Jaan_Tonisson_(Lasteleht), lk 324
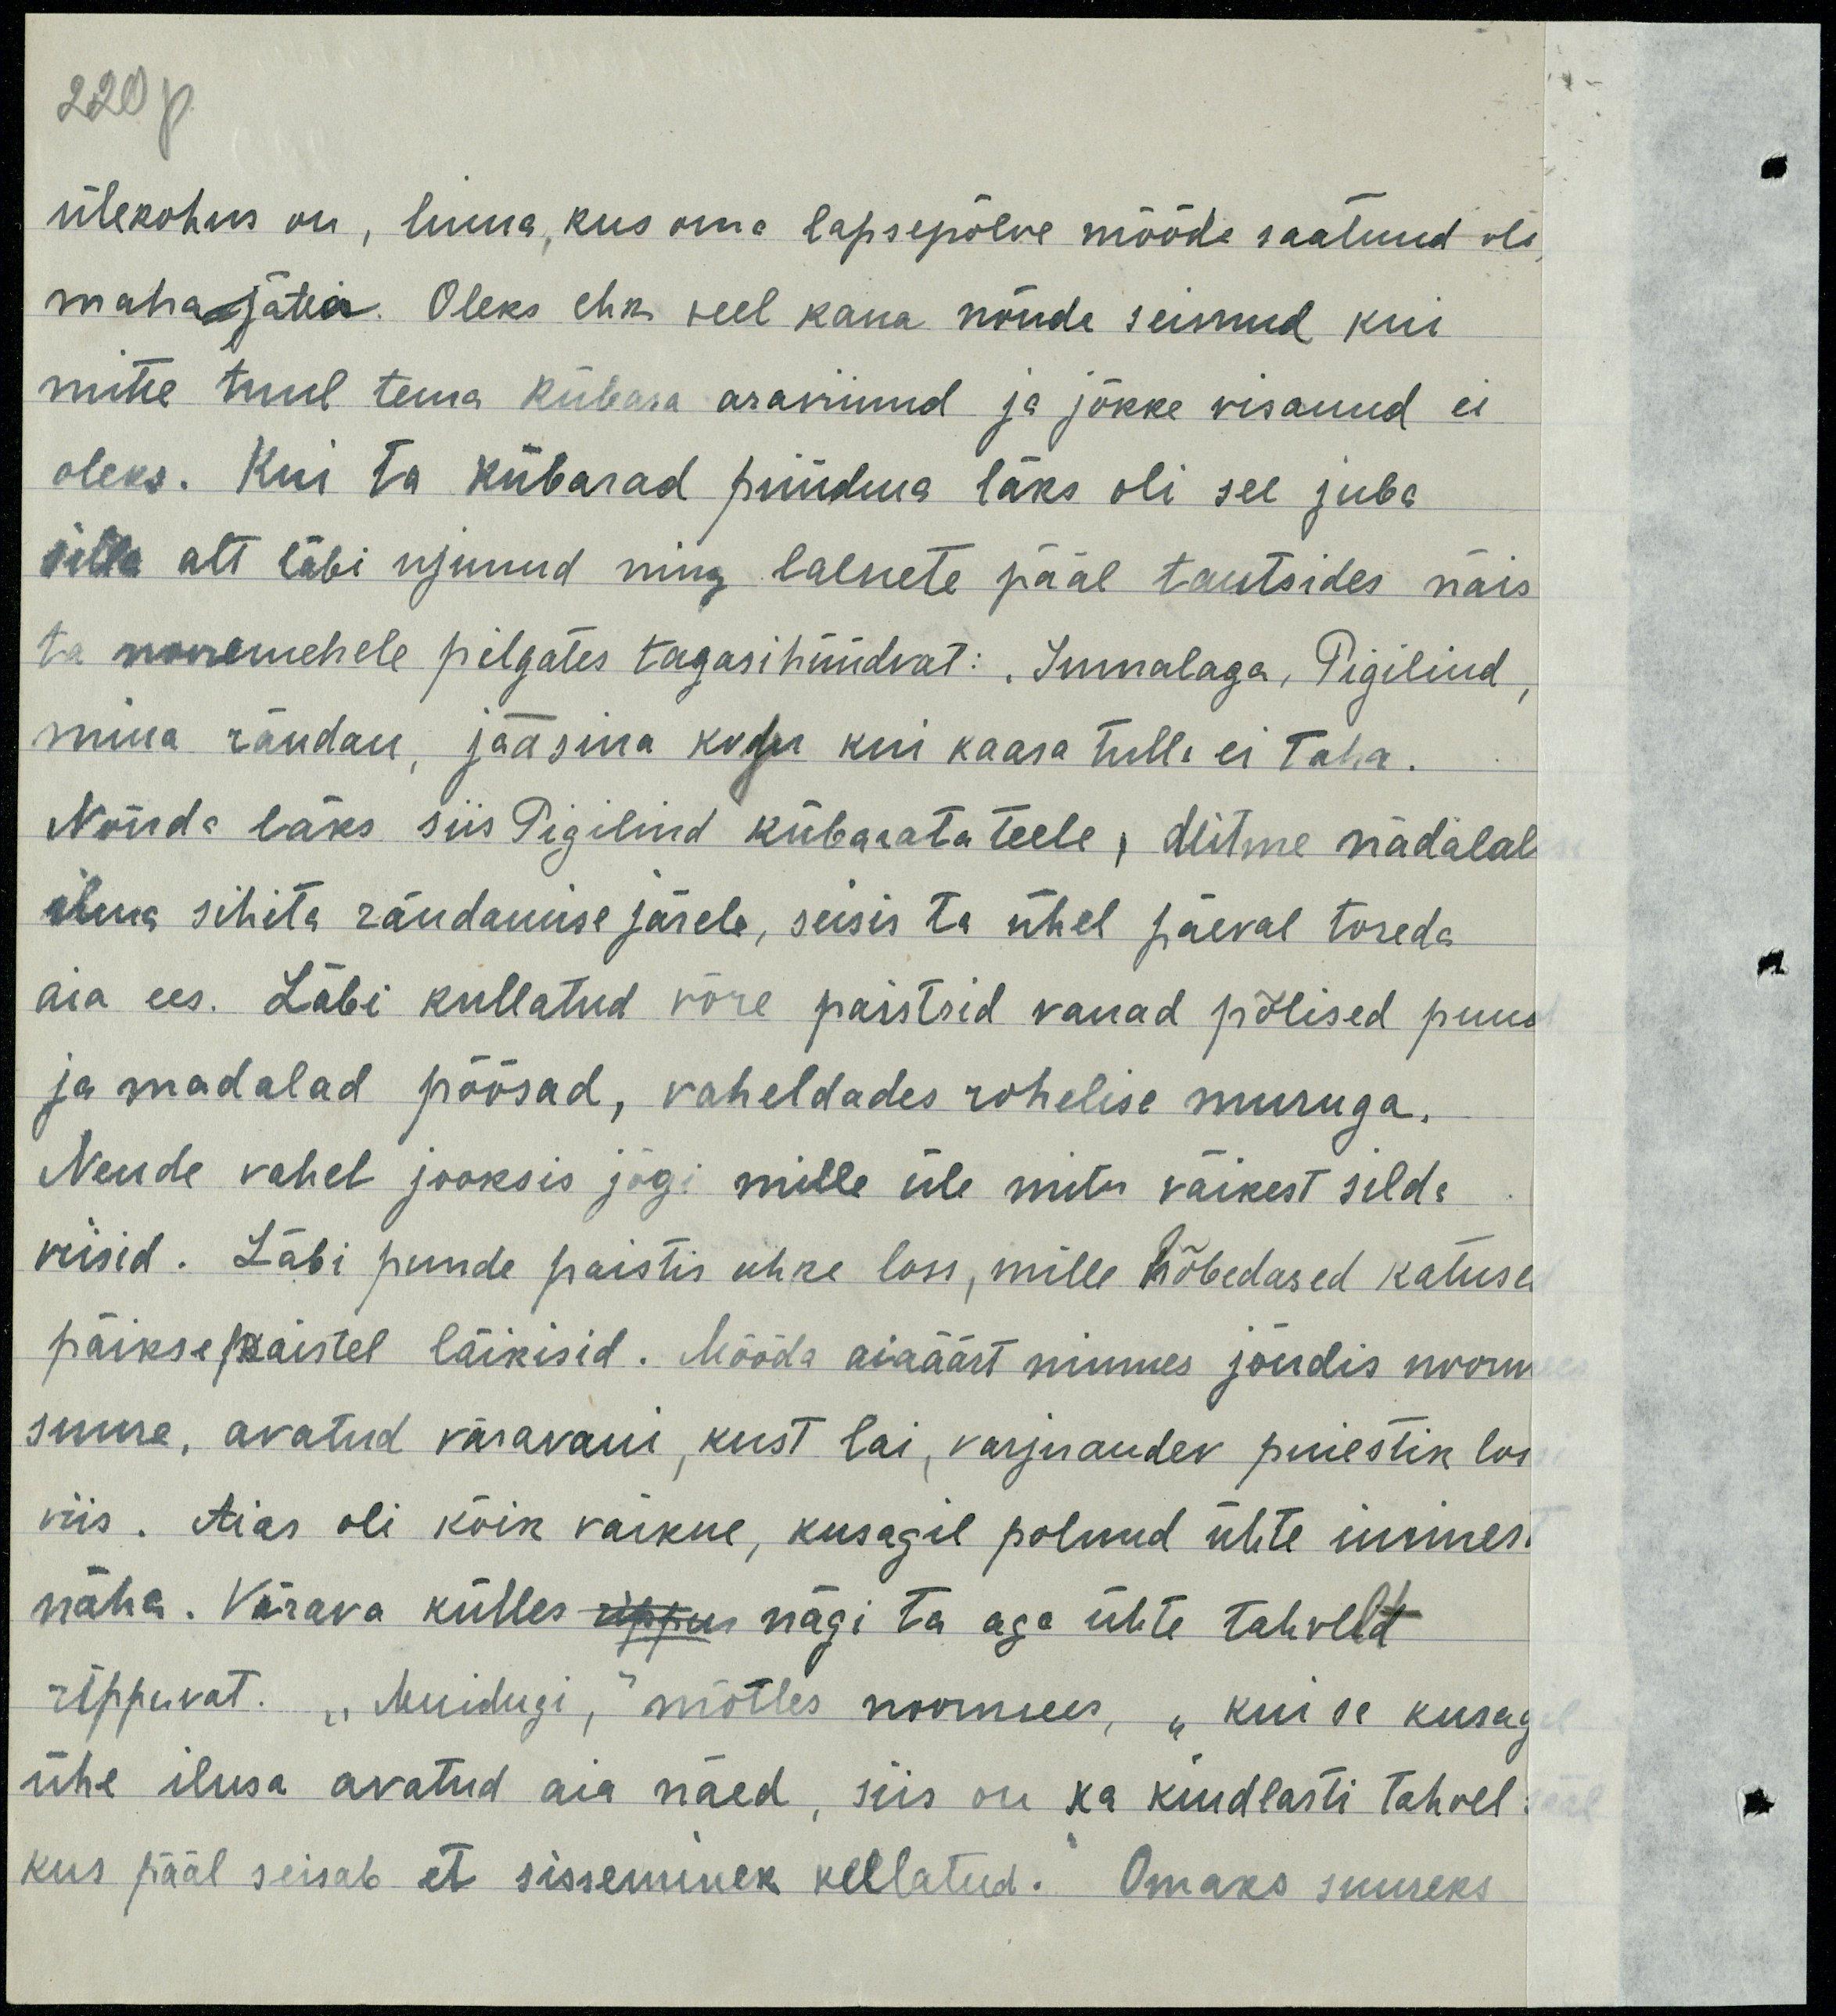
ülekohus on, linna kus ma lapsepõlve mõõda saatnud oli
maha jätta. Oleks ehk veel kaua nõnda seisnud kui
mitte tuul tema kübara äraviinud ja jõkke visanud ei
oleks. Kui ta kübarad püüdma läks oli see juba
silla alt läbi vajunud ning lainete pääl tantsides näis
ta vanamehele peljates tagasihüüdvat: "Jumalaga, Pigilind"
mina rändan, jää sina koju kui kaasa tulla ei taha
Nõnda läks siis Pigilind kübarata teele. Mitme nädalal
ilma sihita rändamise järele, seisis ta ühel päeval toreda
aia ees. Läbi kullatud võre paistsid vanad põlised puud
ja madalad põõsad, vaheldudes rohelise muruga.
Nende vahel jooksis jõgi mille üle mitu väikest silda 
viisid. Läbi puude paistis uhke loss, mille hõbedased katuse
päiksepaistel läikisid. Mööda aiaäärt minnes jõudis noorm
sinna, avatud väravani, kust lai varjuandev puiestik loss
viis. Aias oli kõik vaikne, kusagil polnud ühte inimest
näha. Värava külles rippus nägi ta aga ühte tahvelt
rippuvat. "Muidugi," mõtles noormees, "kui see kunag
ühe ilusa arvatud aia näed, siis on ka kindlasti tahvel
kus pääl seisab, et sisseminek keelatud. Omaks suureks